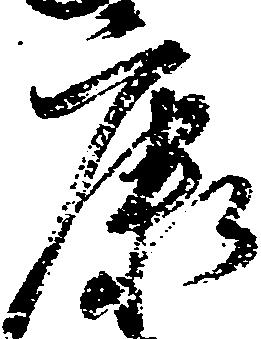
康